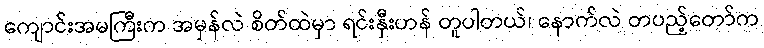
ကျောင်းအမကြီးက အမှန်လဲ စိတ်ထဲမှာ ရင်းနှီးဟန် တူပါတယ်၊ နောက်လဲ တပည့်တော်က